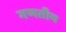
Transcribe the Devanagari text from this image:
गणतीय